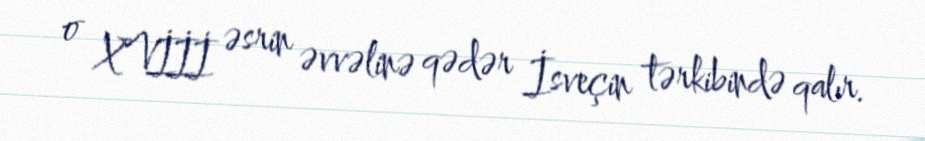
o XVİİİ əsrin əvvəlinə qədər İsveçin tərkibində qalır.